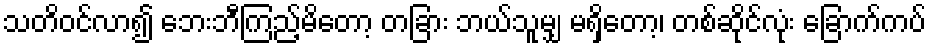
သတိဝင်လာ၍ ဘေးဘီကြည့်မိတော့ တခြား ဘယ်သူမျှ မရှိတော့၊ တစ်ဆိုင်လုံး ခြောက်ကပ်